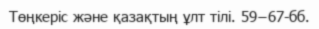
Төңкеріс және қазақтың ұлт тілі. 59−67-бб.